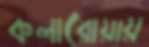
কলারোয়ায়